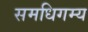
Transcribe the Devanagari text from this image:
समधिगम्य